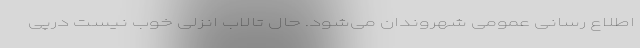
اطلاع رسانی عمومی شهروندان می‌شود. حال تالاب انزلی خوب نیست درپی